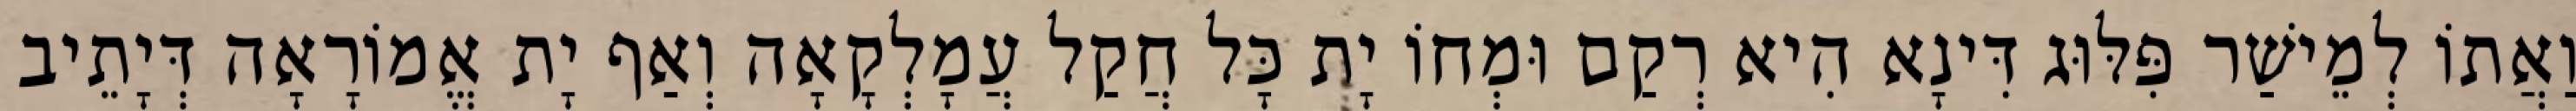
וַאֲתוֹ לְמֵישַׁר פִּלּוּג דִּינָא הִיא רְקַם וּמְחוֹ יָת כָּל חֲקַל עֲמָלְקָאָה וְאַף יָת אֱמוֹרָאָה דְּיָתֵיב